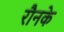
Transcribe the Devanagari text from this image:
रौनके